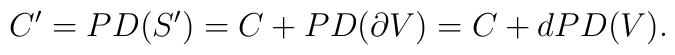
C' = PD (S') = C+ PD(\partial V) = C+d PD (V).